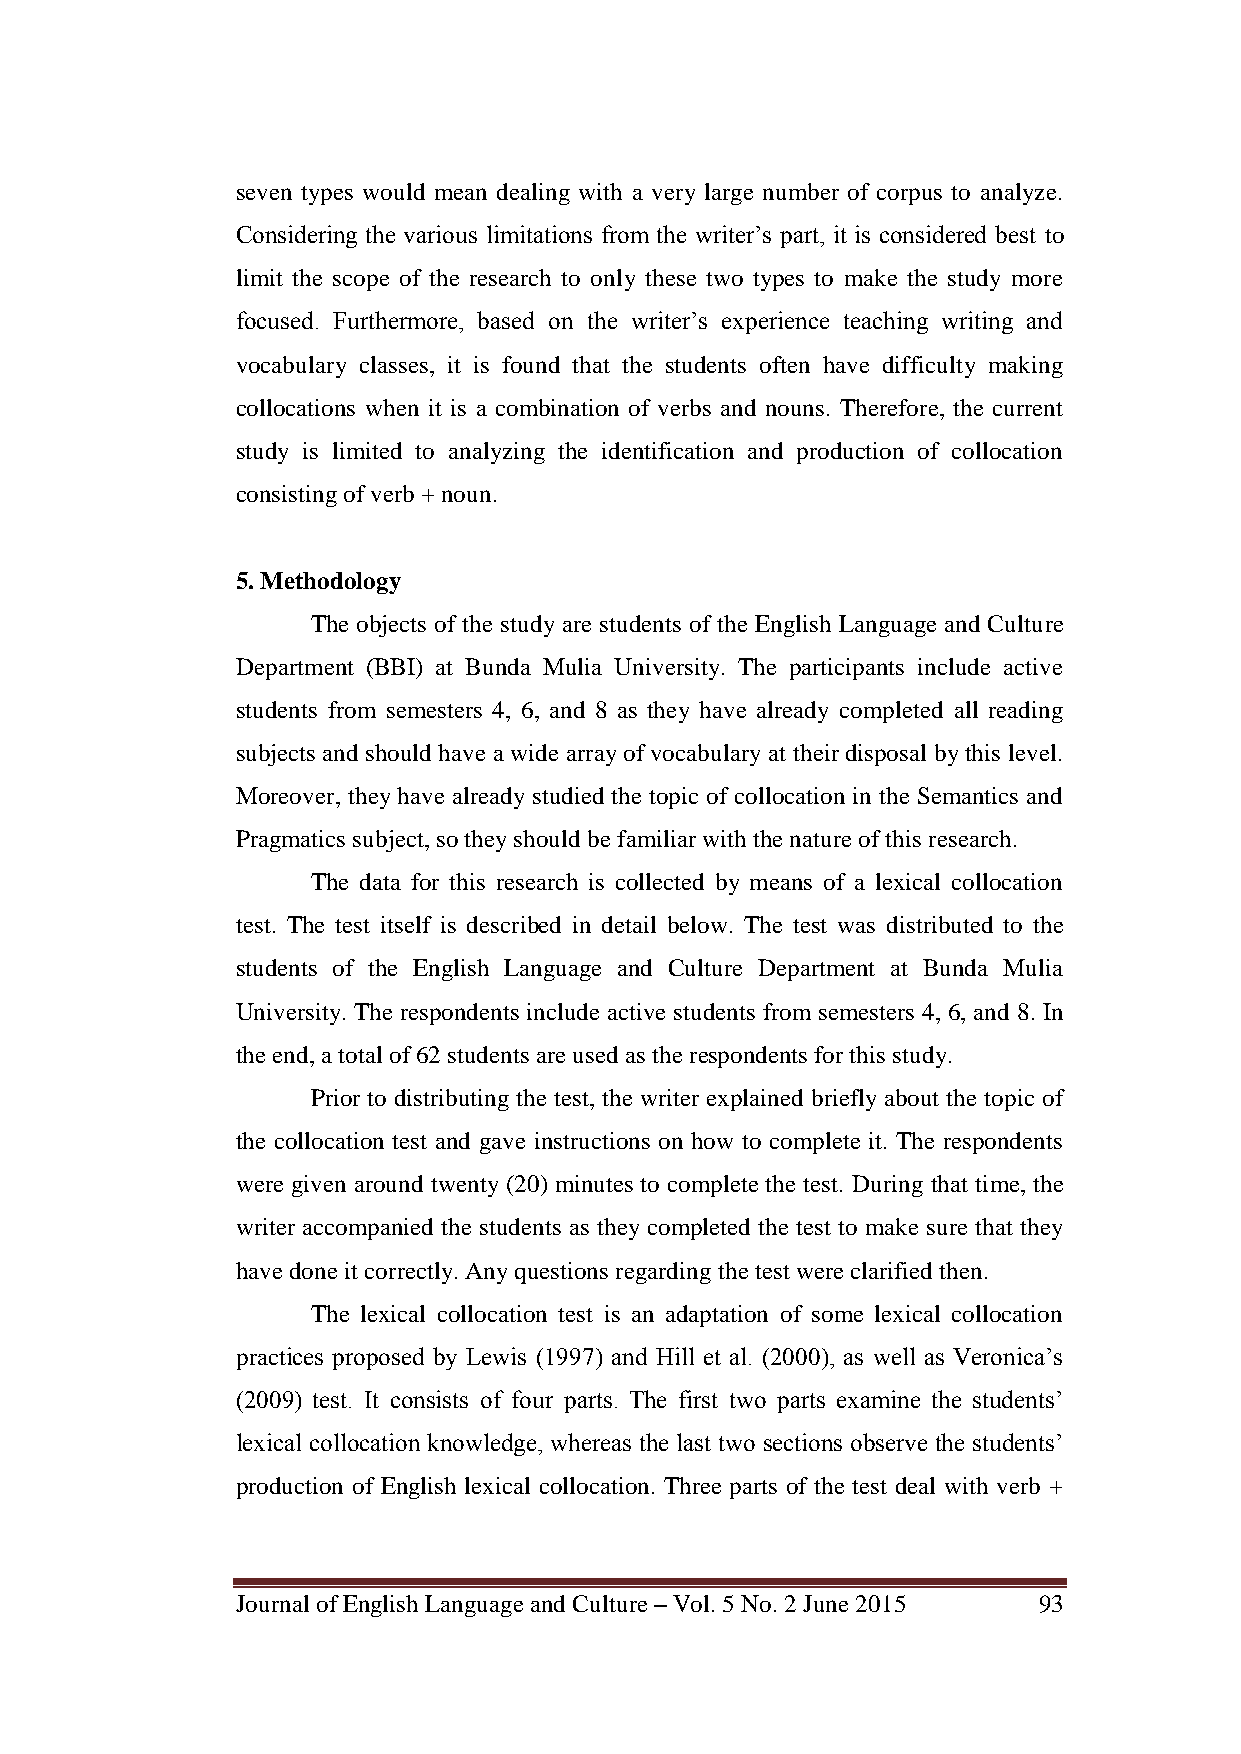
seven types would mean dealing with a very large number of corpus to analyze.
 Considering the various limitations from the writer‘s part, it is considered best to
 limit the scope of the research to only these two types to make the study more
 focused. Furthermore, based on the writer‘s experience teaching writing and
 vocabulary classes, it is found that the students often have difficulty making
 collocations when it is a combination of verbs and nouns. Therefore, the current
 study is limited to analyzing the identification and production of collocation
 consisting of verb + noun.
 5. Methodology
 The objects of the study are students of the English Language and Culture
 Department (BBI) at Bunda Mulia University. The participants include active
 students from semesters 4, 6, and 8 as they have already completed all reading
 subjects and should have a wide array of vocabulary at their disposal by this level.
 Moreover, they have already studied the topic of collocation in the Semantics and
 Pragmatics subject, so they should be familiar with the nature of this research.
 The data for this research is collected by means of a lexical collocation
 test. The test itself is described in detail below. The test was distributed to the
 students of the English Language and Culture Department at Bunda Mulia
 University. The respondents include active students from semesters 4, 6, and 8. In
 the end, a total of 62 students are used as the respondents for this study.
 Prior to distributing the test, the writer explained briefly about the topic of
 the collocation test and gave instructions on how to complete it. The respondents
 were given around twenty (20) minutes to complete the test. During that time, the
 writer accompanied the students as they completed the test to make sure that they
 have done it correctly. Any questions regarding the test were clarified then.
 The lexical collocation test is an adaptation of some lexical collocation
 practices proposed by Lewis (1997) and Hill et al. (2000), as well as Veronica‘s
 (2009) test. It consists of four parts. The first two parts examine the students‘
 lexical collocation knowledge, whereas the last two sections observe the students‘
 production of English lexical collocation. Three parts of the test deal with verb +
 Journal of English Language and Culture – Vol. 5 No. 2 June 2015 93